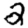
Digit: 2